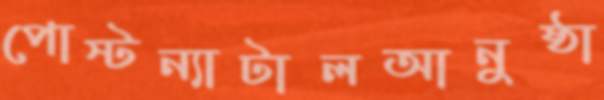
পোস্টন্যাটালআনুষ্ঠা